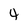
Character: 4